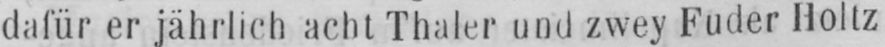
dafür er jährlich acht Thaler und zwey Fuder Holtz